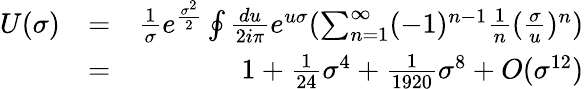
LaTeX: \begin{array}{rlr}{U(\sigma)}&{=}&{\frac{1}{\sigma}e^{\frac{\sigma^{2}}{2}}\oint\frac{du}{2i\pi}e^{u\sigma}(\sum_{n=1}^{\infty}(-1)^{n-1}\frac{1}{n}(\frac{\sigma}{u})^{n})}\\ &{=}&{1+\frac{1}{24}\sigma^{4}+\frac{1}{1920}\sigma^{8}+O(\sigma^{12})}\end{array}